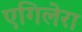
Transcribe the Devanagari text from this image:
एगिलेरा